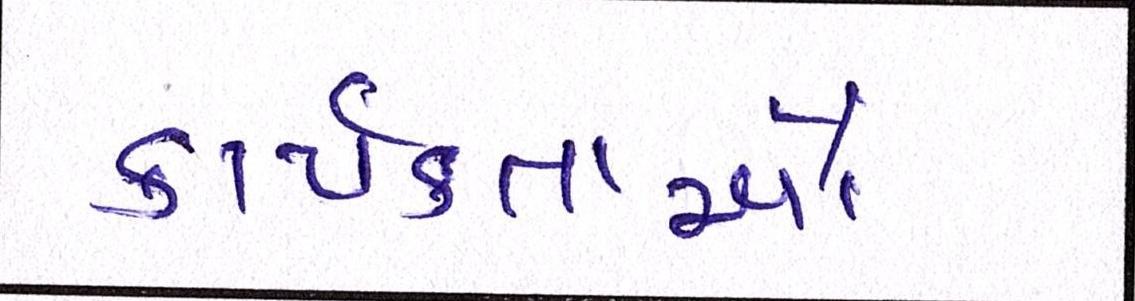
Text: કાર્યકતાર્આે